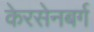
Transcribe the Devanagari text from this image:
केरसेनबर्ग